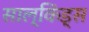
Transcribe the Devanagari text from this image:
साल्किंड्स